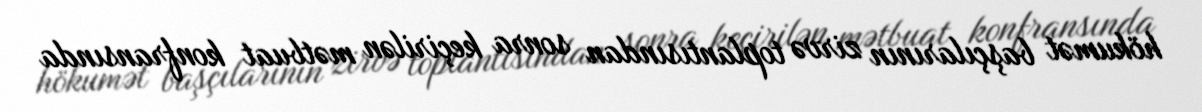
hökumət başçılarının zirvə toplantısından sonra keçirilən mətbuat konfransında